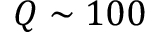
Q \sim 1 0 0